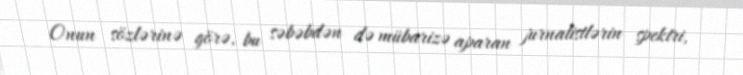
Onun sözlərinə görə, bu səbəbdən də mübarizə aparan jurnalistlərin spektri,